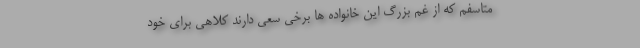
متاسفم که از غم بزرگ این خانواده ها برخی سعی دارند کلاهی برای خود